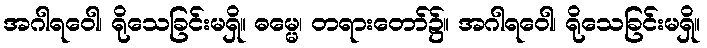
အဂါရဝေါ၊ ရိုသေခြင်းမရှိ။ ဓမ္မေ၊ တရားတော်၌။ အဂါရဝေါ၊ ရိုသေခြင်းမရှိ။